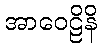
အာဝေဠိနိ